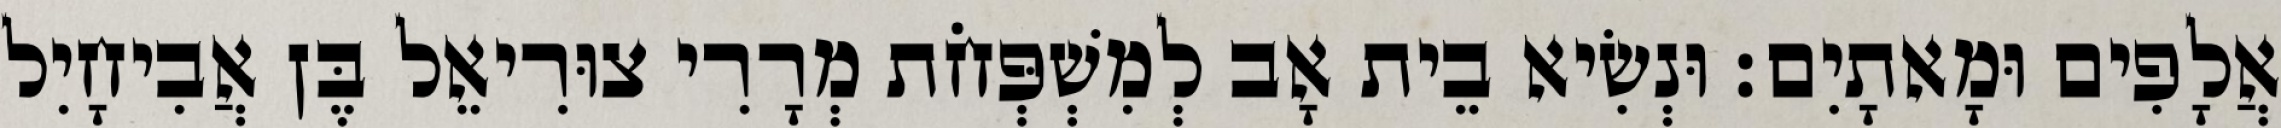
אֲלָפִים וּמָאתָיִם׃ וּנְשִׂיא בֵית אָב לְמִשְׁפְּחֹת מְרָרִי צוּרִיאֵל בֶּן אֲבִיחָיִל